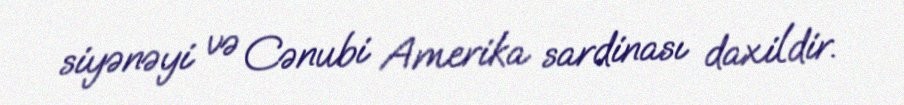
siyənəyi və Cənubi Amerika sardinası daxildir.